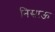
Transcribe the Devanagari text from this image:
निसाऊ